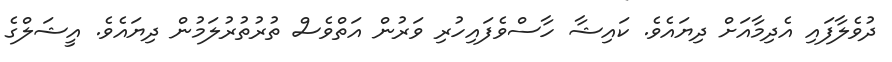
ދުވެލާފައި އެދިމާއަށް ދިޔައެވެ. ކައިޝާ ހާސްވެފައިހުރި ވަރުން އަތްވެސް ތުރުތުރުލަމުން ދިޔައެވެ. އީޝަލްގެ